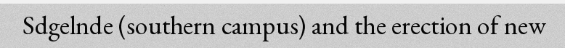
Sdgelnde (southern campus) and the erection of new